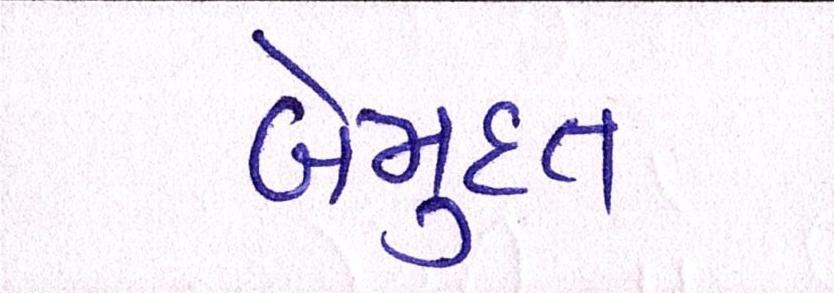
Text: બેમુદત